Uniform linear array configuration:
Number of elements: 8
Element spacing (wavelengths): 0.5
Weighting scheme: cosine
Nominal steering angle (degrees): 45
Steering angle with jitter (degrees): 44.631
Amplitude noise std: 0.05
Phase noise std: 0.05

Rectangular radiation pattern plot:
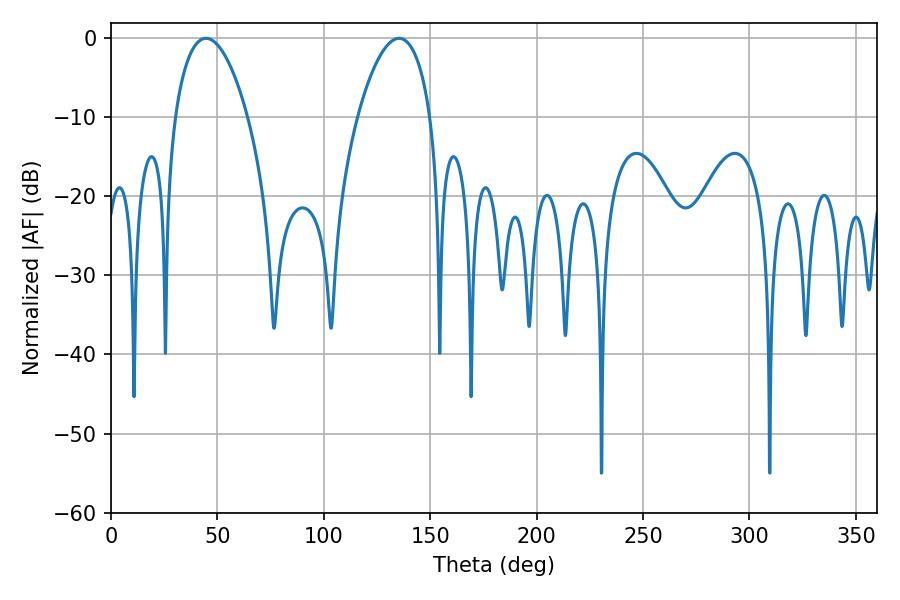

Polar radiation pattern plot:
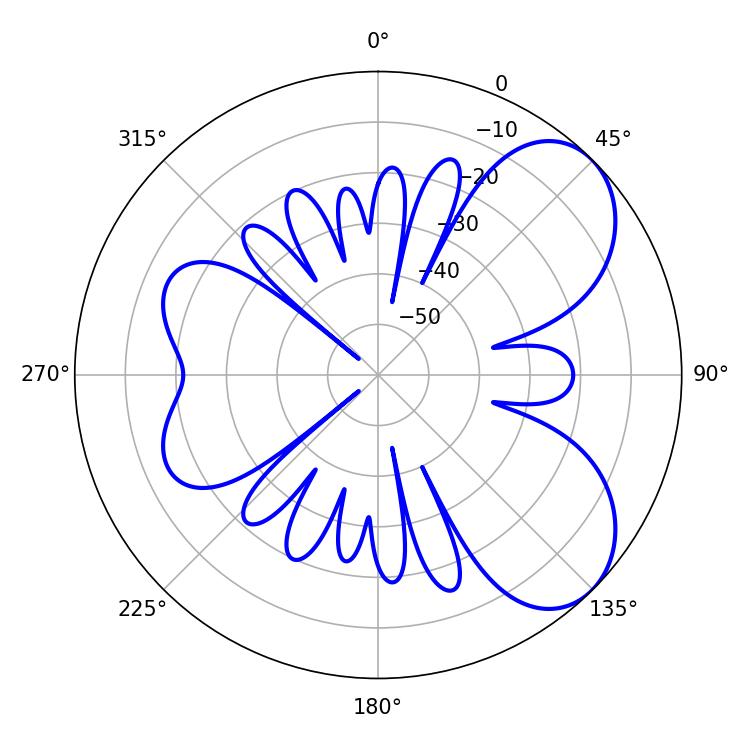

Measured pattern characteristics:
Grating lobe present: FALSE
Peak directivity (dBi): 6.181
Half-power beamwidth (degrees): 19.26
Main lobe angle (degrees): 44.64